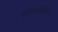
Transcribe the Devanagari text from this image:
इसरादीपिदिन